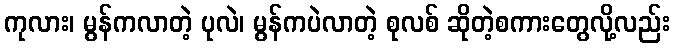
ကုလား၊ မွန်ကလာတဲ့ ပုလဲ၊ မွန်ကပဲလာတဲ့ စုလစ် ဆိုတဲ့စကားတွေလို့လည်း